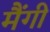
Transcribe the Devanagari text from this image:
मैंगी